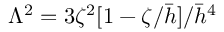
\Lambda ^ { 2 } = 3 \zeta ^ { 2 } [ 1 - \zeta / \Bar { h } ] / \Bar { h } ^ { 4 }